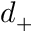
d _ { + }